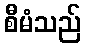
စီမံသည်